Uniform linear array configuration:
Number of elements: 64
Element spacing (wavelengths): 0.75
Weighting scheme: kaiser
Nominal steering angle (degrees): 0
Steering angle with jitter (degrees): -1.868
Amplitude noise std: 0.05
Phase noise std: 0.05

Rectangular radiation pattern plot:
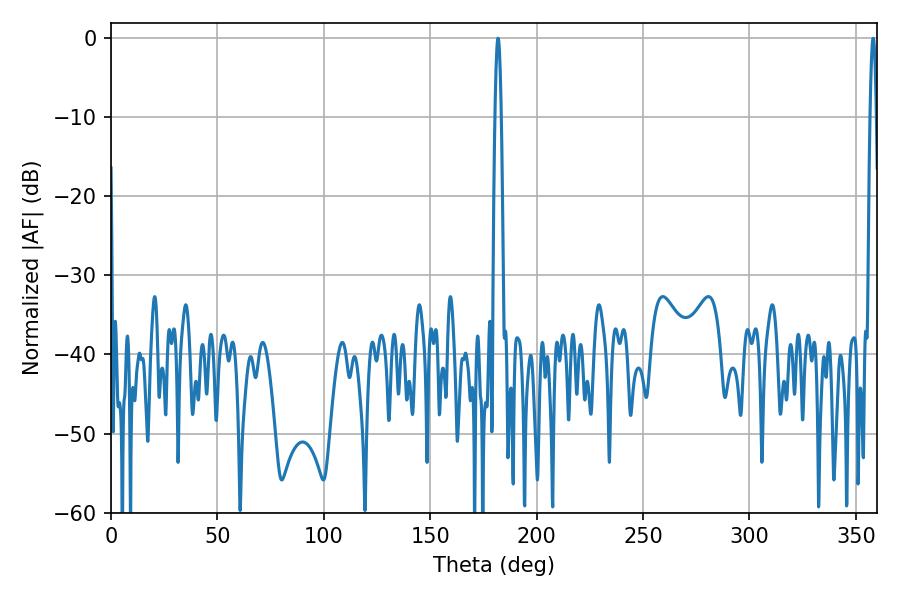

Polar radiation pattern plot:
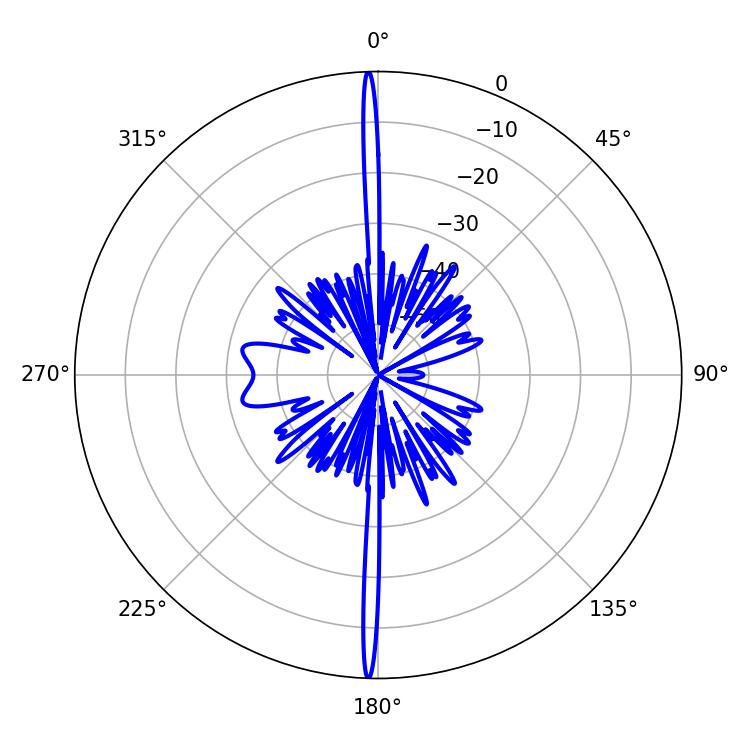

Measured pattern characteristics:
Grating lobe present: TRUE
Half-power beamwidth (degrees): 1.62
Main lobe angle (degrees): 181.8